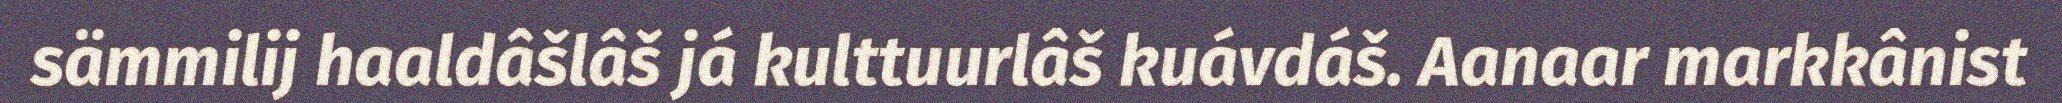
sämmilij haaldâšlâš já kulttuurlâš kuávdáš. Aanaar markkânist